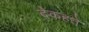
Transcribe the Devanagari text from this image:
देकहते